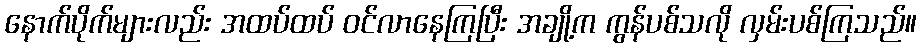
နောက်ပိုက်များလည်း အထပ်ထပ် ဝင်လာနေကြပြီး အချို့က ကွန်ပစ်သလို လှမ်းပစ်ကြသည်။